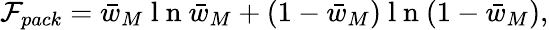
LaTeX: \mathcal{F}_{pack}=\bar{w}_{M}\mathrm{~l~n~}\bar{w}_{M}+(1-\bar{w}_{M})\mathrm{~l~n~}(1-\bar{w}_{M}),